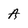
Character: A